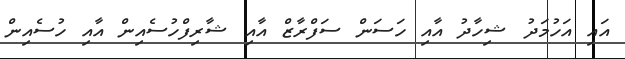
އައި އަހުމަދު ޝިހާދު އާއި ހަސަން ސަފްރާޒް އާއި ޝާރިފްހުސެއިން އާއި ހުސެއިން